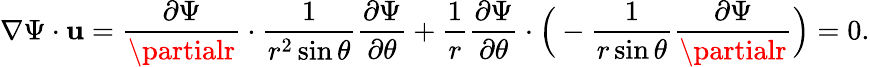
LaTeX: \nabla\Psi\cdot{\boldsymbol{\mathbf{u}}}={\frac{{\partial\Psi}}{{\partialr}}}\cdot{\frac{{1}}{{r^{2}\sin\theta}}}{\frac{{\partial\Psi}}{{\partial\theta}}}+{\frac{{1}}{{r}}}{\frac{{\partial\Psi}}{{\partial\theta}}}\cdot{\Big(}-{\frac{{1}}{{r\sin\theta}}}{\frac{{\partial\Psi}}{{\partialr}}}{\Big)}=0.